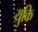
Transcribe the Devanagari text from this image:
युकि